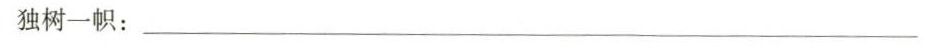
独树-帜：___